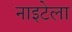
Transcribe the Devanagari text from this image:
नाइटेला